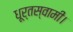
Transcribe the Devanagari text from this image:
धूर्तस्वामी।